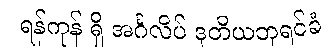
ရန်ကုန် ရှိ အင်္ဂလိပ် ဒုတိယဘုရင်ခံ